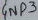
Text: GND3